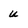
Character: U